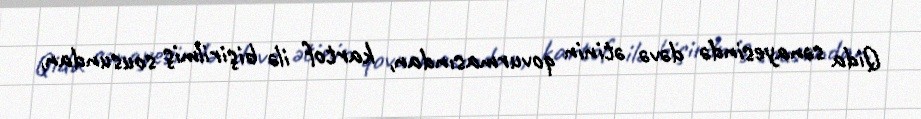
Qida sənayesində dəvə ətinin qovurmasından, kartof ilə bişirilmiş sousundan,